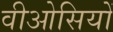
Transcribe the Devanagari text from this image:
वीओसियों